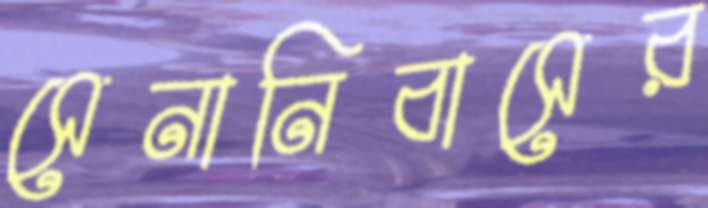
সেনানিবাসের